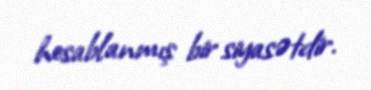
hesablanmış bir siyasətdir.